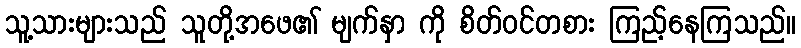
သူ့သားများသည် သူတို့အဖေ၏ မျက်နှာ ကို စိတ်ဝင်တစား ကြည့်နေကြသည်။